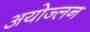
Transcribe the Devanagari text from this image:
अयोज्लन